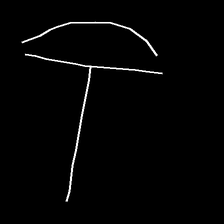
Glyph: dispersion